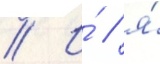
// И́ / я́